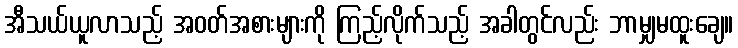
အီသယ်ယူလာသည့် အဝတ်အစားများကို ကြည့်လိုက်သည့် အခါတွင်လည်း ဘာမျှမထူးချေ။